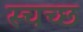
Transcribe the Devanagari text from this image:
स्चच्छ